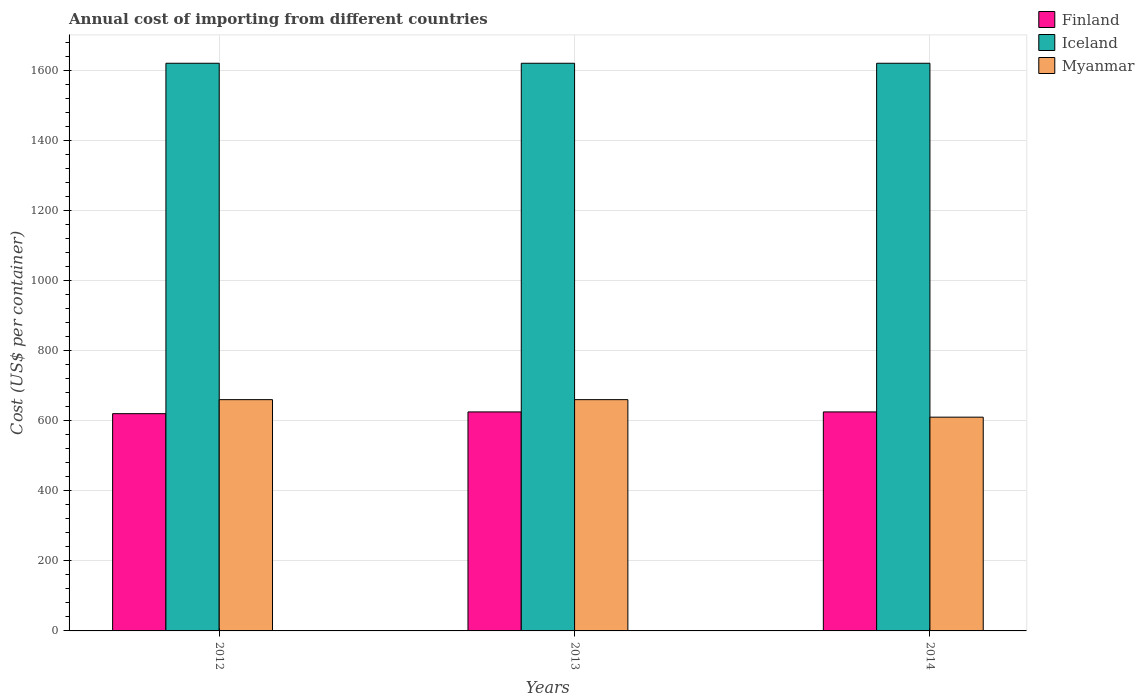
| Years | Finland | Iceland | Myanmar |
 | --- | --- | --- | --- |
 | 2012 | 620 | 1.62e+03 | 660 |
 | 2013 | 625 | 1.62e+03 | 660 |
 | 2014 | 625 | 1.62e+03 | 610 |